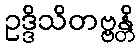
ဥဒ္ဒိသိတဗ္ဗန္တိ